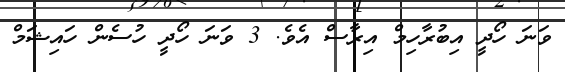
ވަނަ ހޯދީ އިބުރާހިމް އިރާސް އެވެ. 3 ވަނަ ހޯދީ ހުސެން ހައިޝަމް